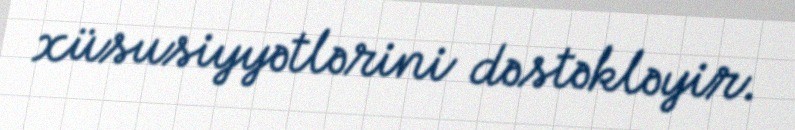
xüsusiyyətlərini dəstəkləyir.